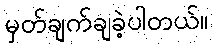
မှတ်ချက်ချခဲ့ပါတယ်။